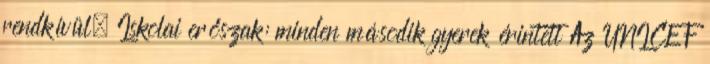
rendkívül. Iskolai erőszak: minden második gyerek érintett Az UNICEF